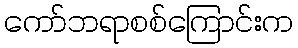
ကော်ဘရာစစ်ကြောင်းက